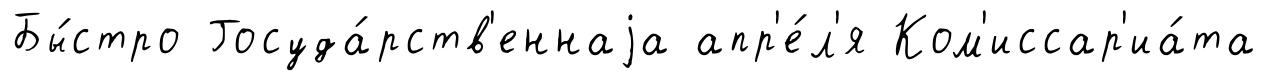
Бы́стро Госуда́рств'еннаjа апр'е́л'я Ком'иссар'иа́та